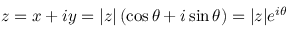
z = x + i y = | z | \left( \cos \theta + i \sin \theta \right) = | z | e ^ { i \theta }